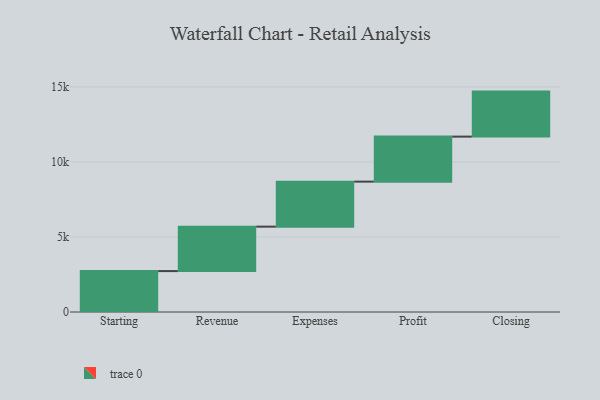
{"axis": {"x": "Step", "y": "Value"}, "legend": [""], "data": [{"x": "Starting", "y": 2727.0, "type": ""}, {"x": "Revenue", "y": 2961.0, "type": ""}, {"x": "Expenses", "y": 3000, "type": ""}, {"x": "Profit", "y": 3000, "type": ""}, {"x": "Closing", "y": 3000, "type": ""}]}